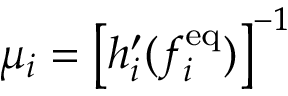
\mu _ { i } = \left[ { h _ { i } ^ { \prime } ( f _ { i } ^ { \mathrm { e q } } ) } \right] ^ { - 1 }